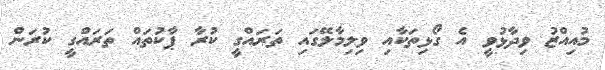
މުއިއްޒު ވިދާޅުވީ އެ ގޯޅިތަކާއި ވިލިމާލޭގައި ތަރައްގީ ކުރާ ޕާކުތައް ތަރަައްގީ ކުރަން